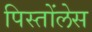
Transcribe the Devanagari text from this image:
पिस्तोंलेस